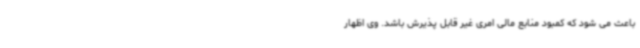
باعث می شود که کمبود منابع مالی امری غیر قابل پذیرش باشد. وی اظهار